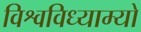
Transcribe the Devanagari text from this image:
विश्वविध्याम्यो